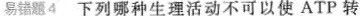
易错题 4 下列哪种生理活动不可以使ATP转